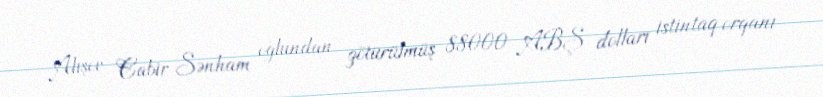
Alışov Cabir Sənham oğlundan götürülmüş 88000 ABŞ dolları istintaq orqanı